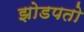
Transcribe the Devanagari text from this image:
झोडपतो